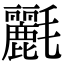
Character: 𣰿